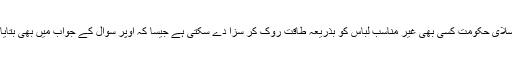
جواب: اسلای حکومت کسی بھی غیر مناسب لباس کو بذریعہ طاقت روک کر سزا دے سکتی ہے جیسا کہ اوپر سوال کے جواب میں بھی بتایا گیا ہے۔